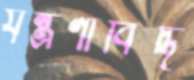
যন্ত্রণাবিদ্ধ